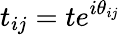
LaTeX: t_{ij}=te^{i\theta_{ij}}